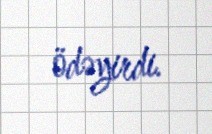
ödəyirdi.